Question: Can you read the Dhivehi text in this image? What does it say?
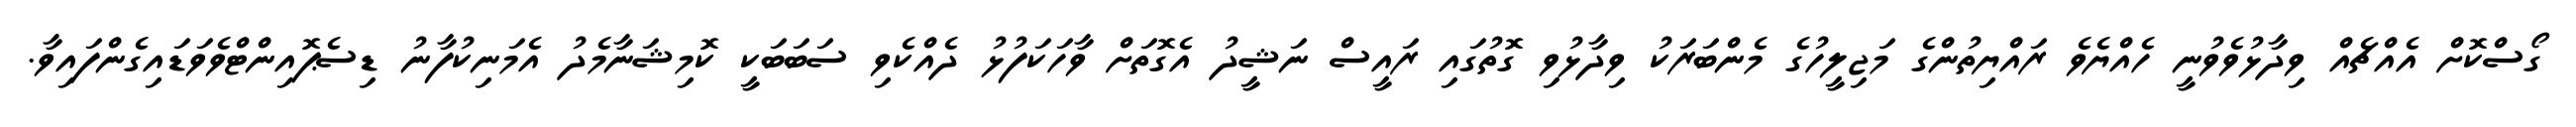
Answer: ގޯސްކޮށް އެއްޗެއް ވިދާޅުވެވުނީ ހެއްޔެވެ ރައްޔިތުންގެ މަޖިލީހުގެ މެންބަރަކު ވިދާޅުވި ގޮތުގައި ރައީސް ނަޝީދު އެގޮތަށް ވާހަކަފުޅު ދެއްކެވި ސަބަބަކީ ކޮމިޝަނާމެދު އެމަނިކުފާނު ޑިސެޕޮއިންޓްވެވަޑައިގެންފައިވާ.